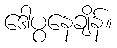
ဒေါပွနေချိန်။